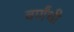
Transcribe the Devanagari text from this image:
वर्णंची